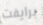
برايفت